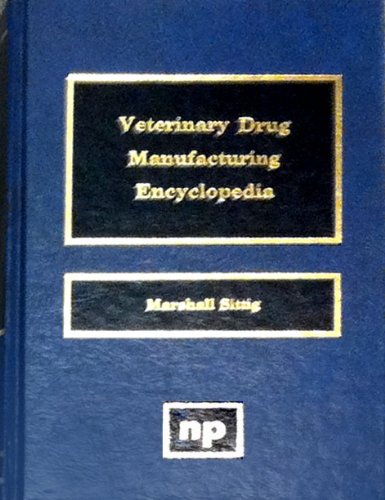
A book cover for Veterinary Drug Manufacturing Encyclopedia; Marshall Sittig; Medical Books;